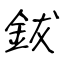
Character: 鈸